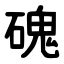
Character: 磈